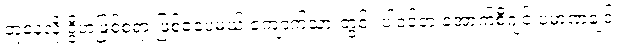
တူနေလို့ ဒွိဟဖြစ်စရာ ဖြစ်ခဲ့ပေမယ့် ကျောက်သားတွင်း ပါဝင်တဲ့ အောက်စီဂျင် ပမာဏချင်း